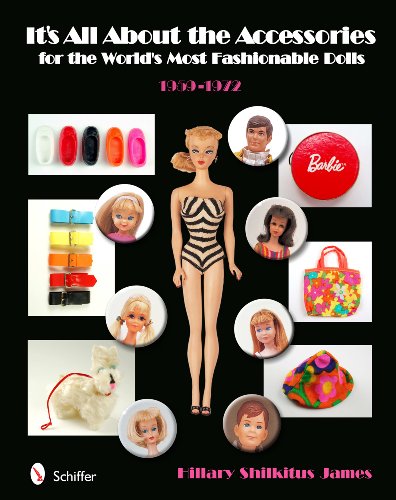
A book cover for It's All About Accessories Styles for the World's Most Fashionable Doll, 1959-1972; Hillary Shilkitus James; Crafts, Hobbies & Home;